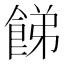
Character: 䬾